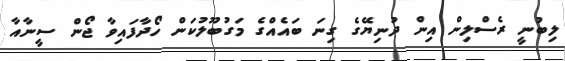
ލިބުނީ ރެސްލިން އިން ދުނިޔޭގެ ގިނަ ބައެއްގެ މަގުބޫލުކަން ހޯދާފައިވާ ޖޯން ސީނާއާ